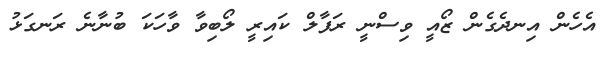
އެހެން އިނދެގެން ޒޯއީ ވިސްނީ ރަފާލް ކައިރީ ލޯބިވާ ވާހަކަ ބުނާނެ ރަނގަޅު